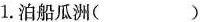
1.泊船瓜洲( )